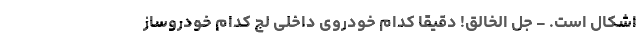
اشکال است. - جل الخالق! دقیقاً کدام خودروی داخلی لج کدام خودروساز